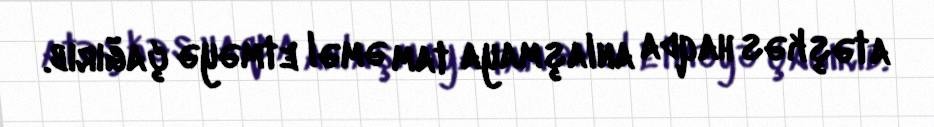
atəşkəs haqda anlaşmaya tam əməl etməyə çağırıb.